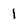
Character: 1